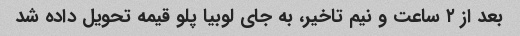
بعد از ۲ ساعت و نیم تاخیر، به جای لوبیا پلو قیمه تحویل داده شد